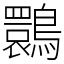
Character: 䴉